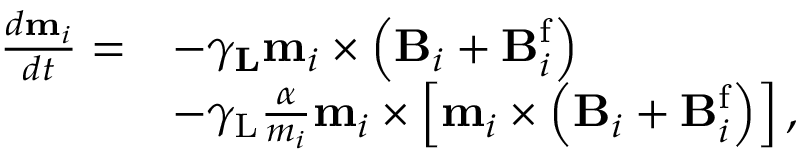
\begin{array} { r l } { \frac { d \mathbf { m } _ { i } } { d t } = } & { - \gamma _ { \mathbf { L } } \mathbf { m } _ { i } \times \left( \mathbf { B } _ { i } + \mathbf { B } _ { i } ^ { \mathrm { f } } \right) } \\ & { - \gamma _ { \mathrm { L } } \frac { \alpha } { m _ { i } } \mathbf { m } _ { i } \times \left[ \mathbf { m } _ { i } \times \left( \mathbf { B } _ { i } + \mathbf { B } _ { i } ^ { \mathrm { f } } \right) \right] , } \end{array}